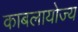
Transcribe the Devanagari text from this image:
काबलायोज्य